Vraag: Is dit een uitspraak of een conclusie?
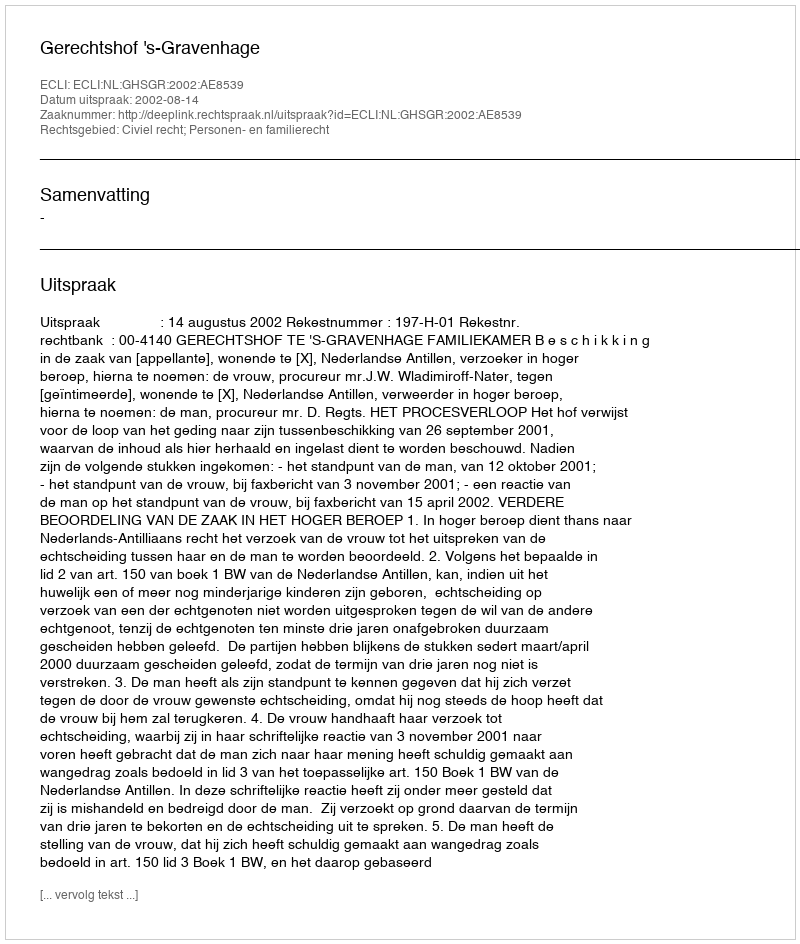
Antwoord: Uitspraak